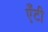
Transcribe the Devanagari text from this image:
एँटी